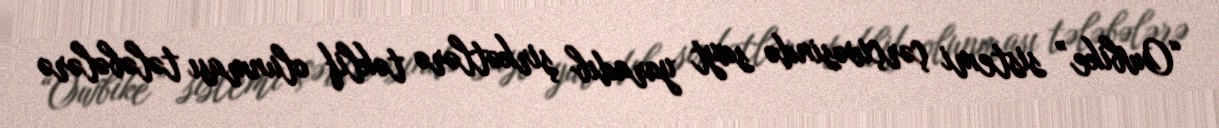
“Owbike” sistemi çərçivəsində sayt yaradıb şirkətlərə təklif olunması tələbələrə